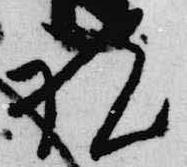
祝